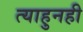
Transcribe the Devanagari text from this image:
त्याहुनही